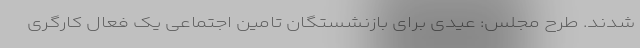
شدند. طرح مجلس: عیدی برای بازنشستگان تامین اجتماعی یک فعال کارگری